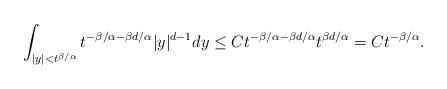
LaTeX: \begin{align*}\int_{|y| < t^{\beta/\alpha}}t^{-\beta/\alpha - \beta d/\alpha}|y|^{d-1}dy \le C t^{-\beta/\alpha - \beta d/\alpha}t^{\beta d/\alpha} = Ct^{-\beta/\alpha}.\end{align*}